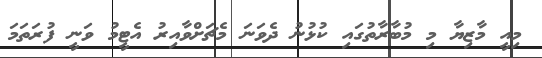
މިއީ މާޒިޔާ މި މުބާރާތުގައި ކުޅުނު ދެވަނަ މެޗަށްވާއިރު އެޓީމު ވަނީ ފުރަތަމަ